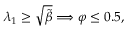
\begin{array} { r } { \lambda _ { 1 } \geq \sqrt { \tilde { \beta } } \Longrightarrow \varphi \leq 0 . 5 , } \end{array}